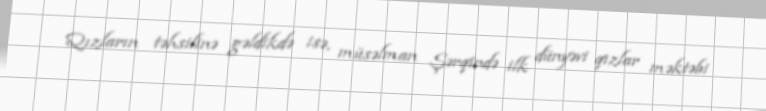
Qızların təhsilinə gəldikdə isə, müsəlman Şərqində ilk dünyəvi qızlar məktəbi